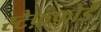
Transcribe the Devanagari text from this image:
स्टैफ़्फ़ोर्ड